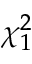
\chi _ { 1 } ^ { 2 }